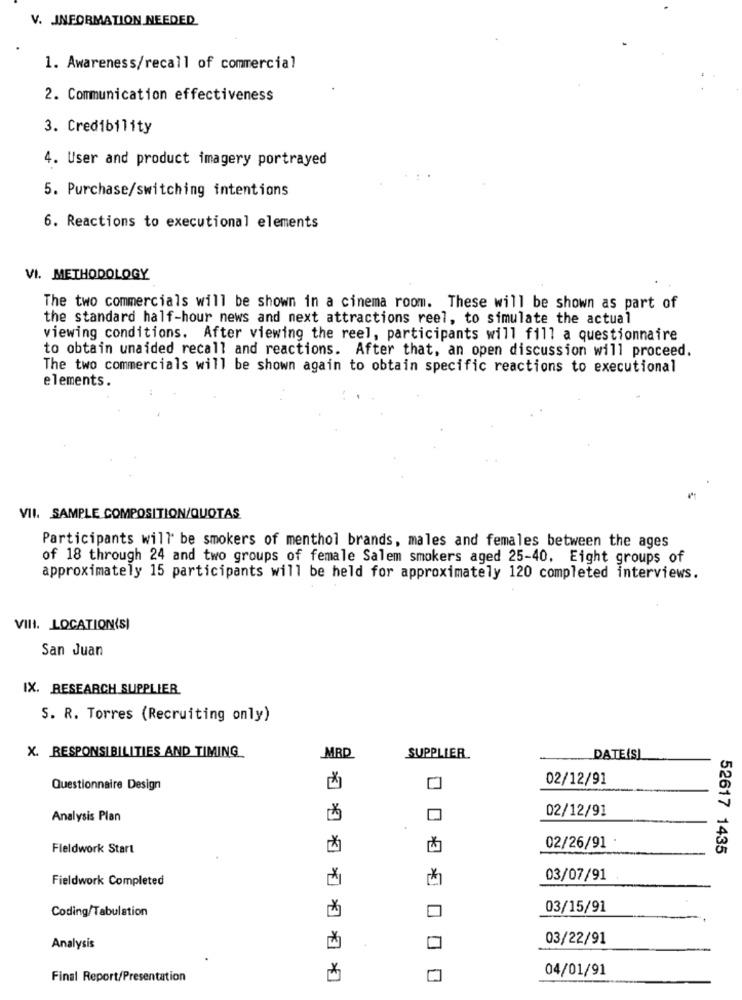
V. INFORMATION NEEDED
1. Awareness/recall of commercial
2. Communication effectiveness
3. Credibility
4. User and product imagery portrayed
5. Purchase/switching intentions
6. Reactions to executional elements
VI. METHODOLOGY
The two commercials will be shown in a cinema room. These will be shown as part of
the standard half-hour news and next attractions reel, to simulate the actual
viewing conditions. After viewing the reel, participants will fill a questionnaire
to obtain unaided recall and reactions. After that, an open discussion will proceed.
The two commercials will be shown again to obtain specific reactions to executional
elements.
VII. SAMPLE COMPOSITION/QUOTAS
Participants will be smokers of menthol brands, males and females between the ages
of 18 through 24 and two groups of female Salem smokers aged 25-40. Eight groups of
approximately 15 participants will be held for approximately 120 completed interviews.
VIII. LOCATION(SI
San Juan
IX. RESEARCH SUPPLIER.
S. R. Torres (Recruiting only)
X. RESPONSIBILITIES AND TIMING
MRD
SUPPLIER
DATE(S)
02/12/91
Questionnaire Design
02/12/91
Analysis Plan
.
Fieldwork Start
02/26/91
52617 1435
Fieldwork Completed
03/07/91
Coding/Tabulation
03/15/91
03/22/91
Analysis
04/01/91
Final Report/Presentation